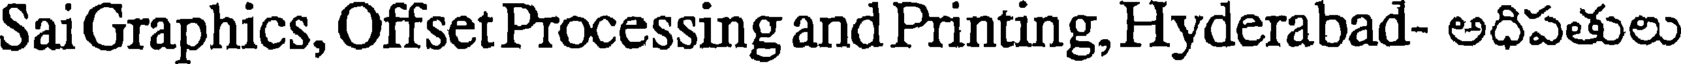
Sai Graphics, Offset Processing and Printing, Hyderabad- అధిపతులు